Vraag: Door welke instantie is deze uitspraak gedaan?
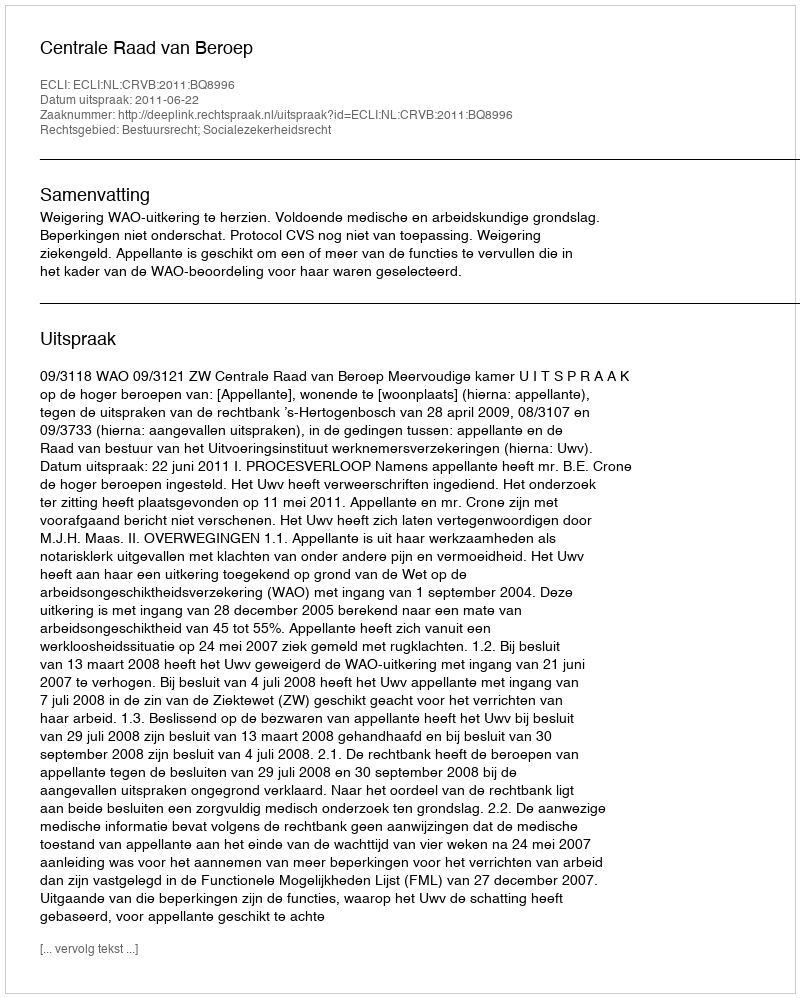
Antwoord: Centrale Raad van Beroep